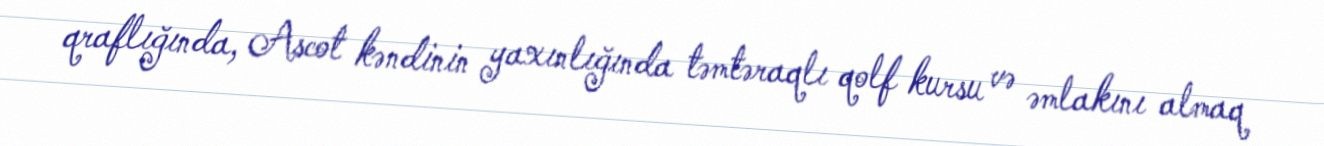
qraflığında, Ascot kəndinin yaxınlığında təmtəraqlı qolf kursu və əmlakını almaq